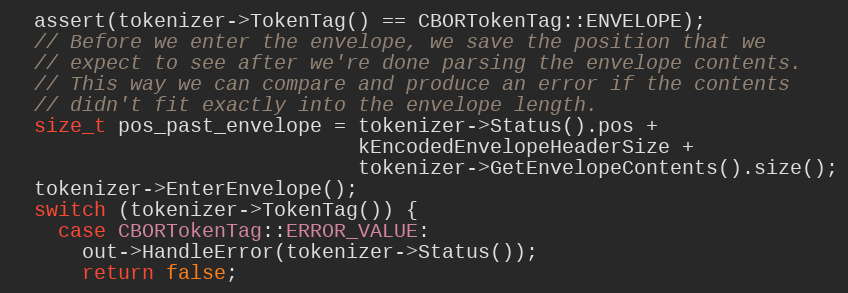
Language: C++
  assert(tokenizer->TokenTag() == CBORTokenTag::ENVELOPE);
  // Before we enter the envelope, we save the position that we
  // expect to see after we're done parsing the envelope contents.
  // This way we can compare and produce an error if the contents
  // didn't fit exactly into the envelope length.
  size_t pos_past_envelope = tokenizer->Status().pos +
                             kEncodedEnvelopeHeaderSize +
                             tokenizer->GetEnvelopeContents().size();
  tokenizer->EnterEnvelope();
  switch (tokenizer->TokenTag()) {
    case CBORTokenTag::ERROR_VALUE:
      out->HandleError(tokenizer->Status());
      return false;